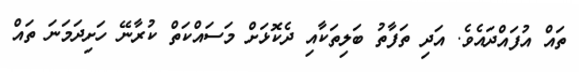
ތައް އުފައްދައެވެ. އަދި ތަފާތު ބަލިތަކާއި ދެކޮޅަށް މަސައްކަތް ކުރާނޭ ހަށިދަމަނަ ތައް